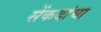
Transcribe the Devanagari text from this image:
सेंकदांचा